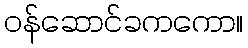
ဝန်ဆောင်ခကကော။